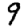
Digit: 9